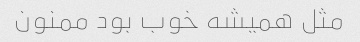
مثل همیشه خوب بود ممنون